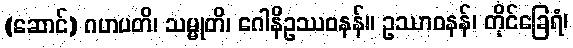
(ဆောင်) ဂဟပတိ၊ သမ္မုတိ၊ ဂေါနိဥဿဝနန်။ ဥဿာဝနန်၊ တိုင်ခြေရံ၊